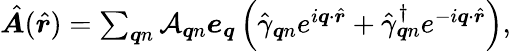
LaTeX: \begin{array}{r}{\hat{\boldsymbol{A}}(\hat{\boldsymbol{r}})=\sum_{\boldsymbol{q}n}{\cal A}_{\boldsymbol{q}n}\boldsymbol{e}_{\boldsymbol{q}}\left(\hat{\gamma}_{\boldsymbol{q}n}e^{i\boldsymbol{q}\cdot\hat{\boldsymbol{r}}}+\hat{\gamma}_{\boldsymbol{q}n}^{\dagger}e^{-i\boldsymbol{q}\cdot\hat{\boldsymbol{r}}}\right),}\end{array}